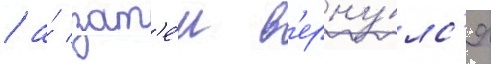
/ а́ зат'е́м в'ерну́лс'я